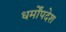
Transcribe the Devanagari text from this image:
धर्मोंपदेश